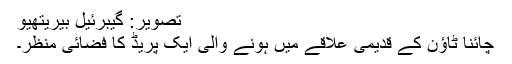
تصویر: گیبرئیل بیریتھیو
چائنا ٹاؤن کے قدیمی علاقے میں ہونے والی ایک پریڈ کا فضائی منظر۔